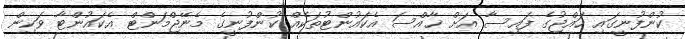
ކުންފުނީގައި ހައްޖުގެ ފައިސާ އަށް ޚާއްސަ އެކައުންޓުތަކެއް ކުންފުނީގެ މެނޭޖްމަންޓް އެކައުންޓާ ވަކިން